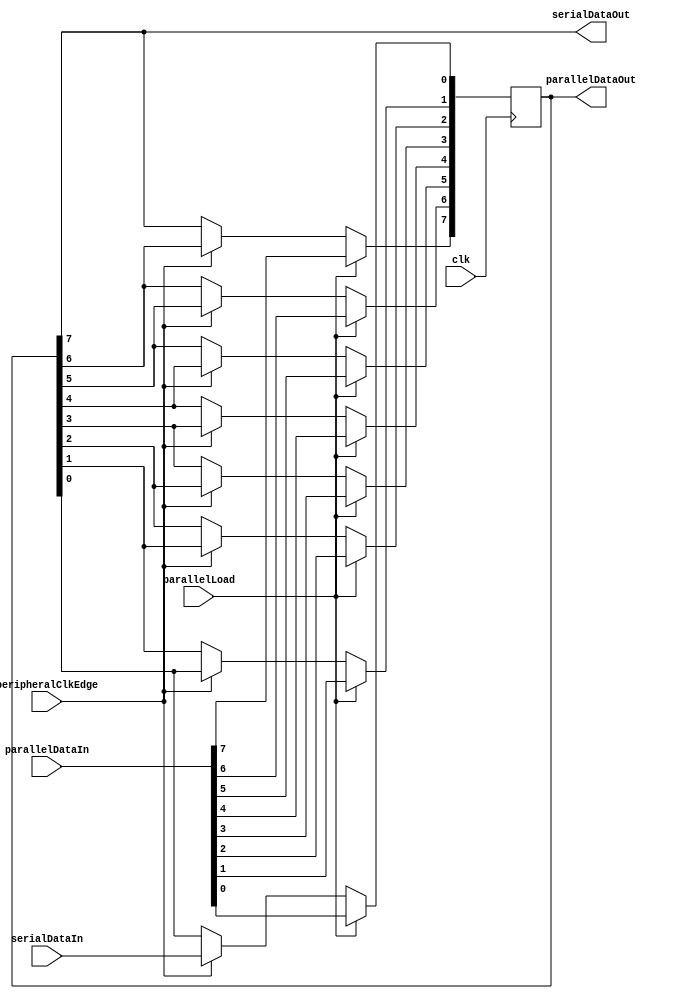
//------------------------------------------------------------------------
// Shift Register
//   Parameterized width (in bits)
//   Shift register can operate in two modes:
//      - serial in, parallel out
//      - parallel in, serial out
//------------------------------------------------------------------------

module shiftregister
#(parameter width = 8)
(
input               clk,                // FPGA Clock
input               peripheralClkEdge,  // Edge indicator
input               parallelLoad,       // 1 = Load shift reg with parallelDataIn
input  [width-1:0]  parallelDataIn,     // Load shift reg in parallel
input               serialDataIn,       // Load shift reg serially
output [width-1:0]  parallelDataOut,    // Shift reg data contents
output              serialDataOut       // Positive edge synchronized
);
    integer i;
    reg [width-1:0]      shiftregistermem;

    always @(posedge clk) begin
        if (parallelLoad) begin

            shiftregistermem <= parallelDataIn;

        end 
        else begin
            if (peripheralClkEdge) begin
                for(i = 0; i < width-1; i=i+1)begin
                    shiftregistermem[i+1] <= shiftregistermem[i]; 
                end

                shiftregistermem[0] <= serialDataIn;

            end
        end
    end

    assign parallelDataOut = shiftregistermem;
    assign serialDataOut = shiftregistermem[width-1];
endmodule